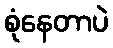
စုံနေတာပဲ